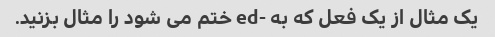
یک مثال از یک فعل که به -ed ختم می شود را مثال بزنید.